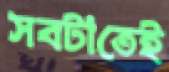
সবটাতেই